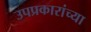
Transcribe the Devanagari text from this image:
उपप्रकारांच्या